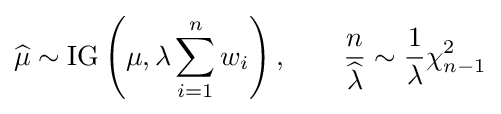
{\widehat {\mu }}\sim \operatorname {IG} \left(\mu ,\lambda \sum _{i=1}^{n}w_{i}\right),\qquad {\frac {n}{\widehat {\lambda }}}\sim {\frac {1}{\lambda }}\chi _{n-1}^{2}